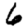
Digit: 6